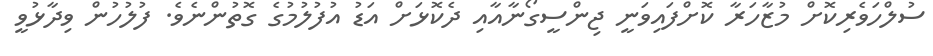
ސުލްހަވެރިކޮށް މުޒާހަރާ ކޮށްފައިވަނީ ޖިންސީގޯނާއާއި ދެކޮޅަށް އަޑު އުފުލުމުގެ ގޮތުންނެވެ. ފުލުހުން ވިދާޅުވީ